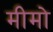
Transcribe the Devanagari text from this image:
मीमो